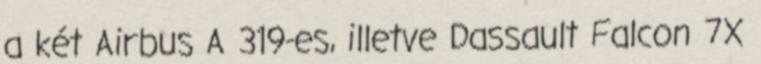
a két Airbus A 319-es, illetve Dassault Falcon 7X